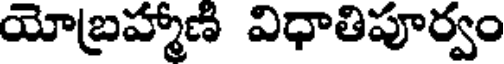
యోబ్రహ్మాణి విధాతిపూర్వం